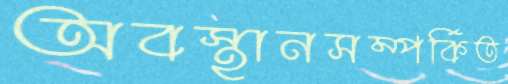
অবস্থানসম্পর্কিত